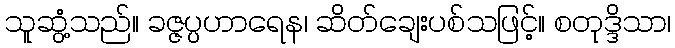
သူဆွံ့သည်။ ခဇ္ဇပ္ပဟာရေန၊ ဆိတ်ချေးပစ်သဖြင့်။ စတုဒ္ဒိသာ၊